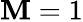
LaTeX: \mathbf{M}=1